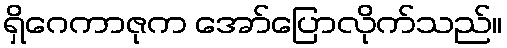
ရှိဂေကာဇုက အော်ပြောလိုက်သည်။